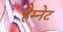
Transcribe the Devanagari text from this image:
हैम्नेट